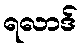
ရလာဒ်